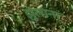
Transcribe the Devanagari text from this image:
झुलाना